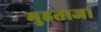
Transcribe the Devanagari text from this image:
मुहताज।